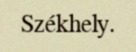
Székhely.